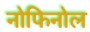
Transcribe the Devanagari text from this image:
नोफिनोल